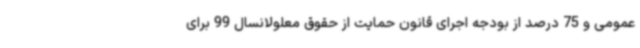
عمومی و 75 درصد از بودجه اجرای قانون حمایت از حقوق معلولانسال 99 برای